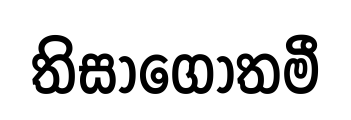
තිසාගෝතමී